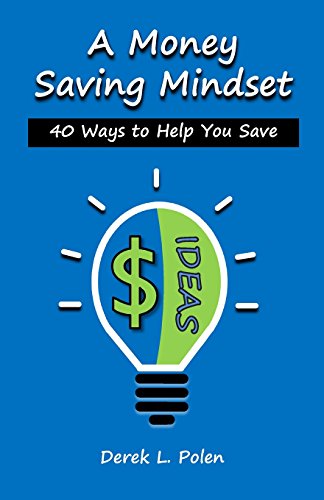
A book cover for A Money Saving Mindset: 40 Ways to Help You Save; Derek L. Polen; Business & Money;